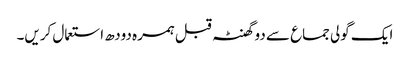
ایک گولی جماع سے دو گھنٹہ قبل ہمرہ دودھ استعمال کریں۔